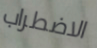
الاضطراب